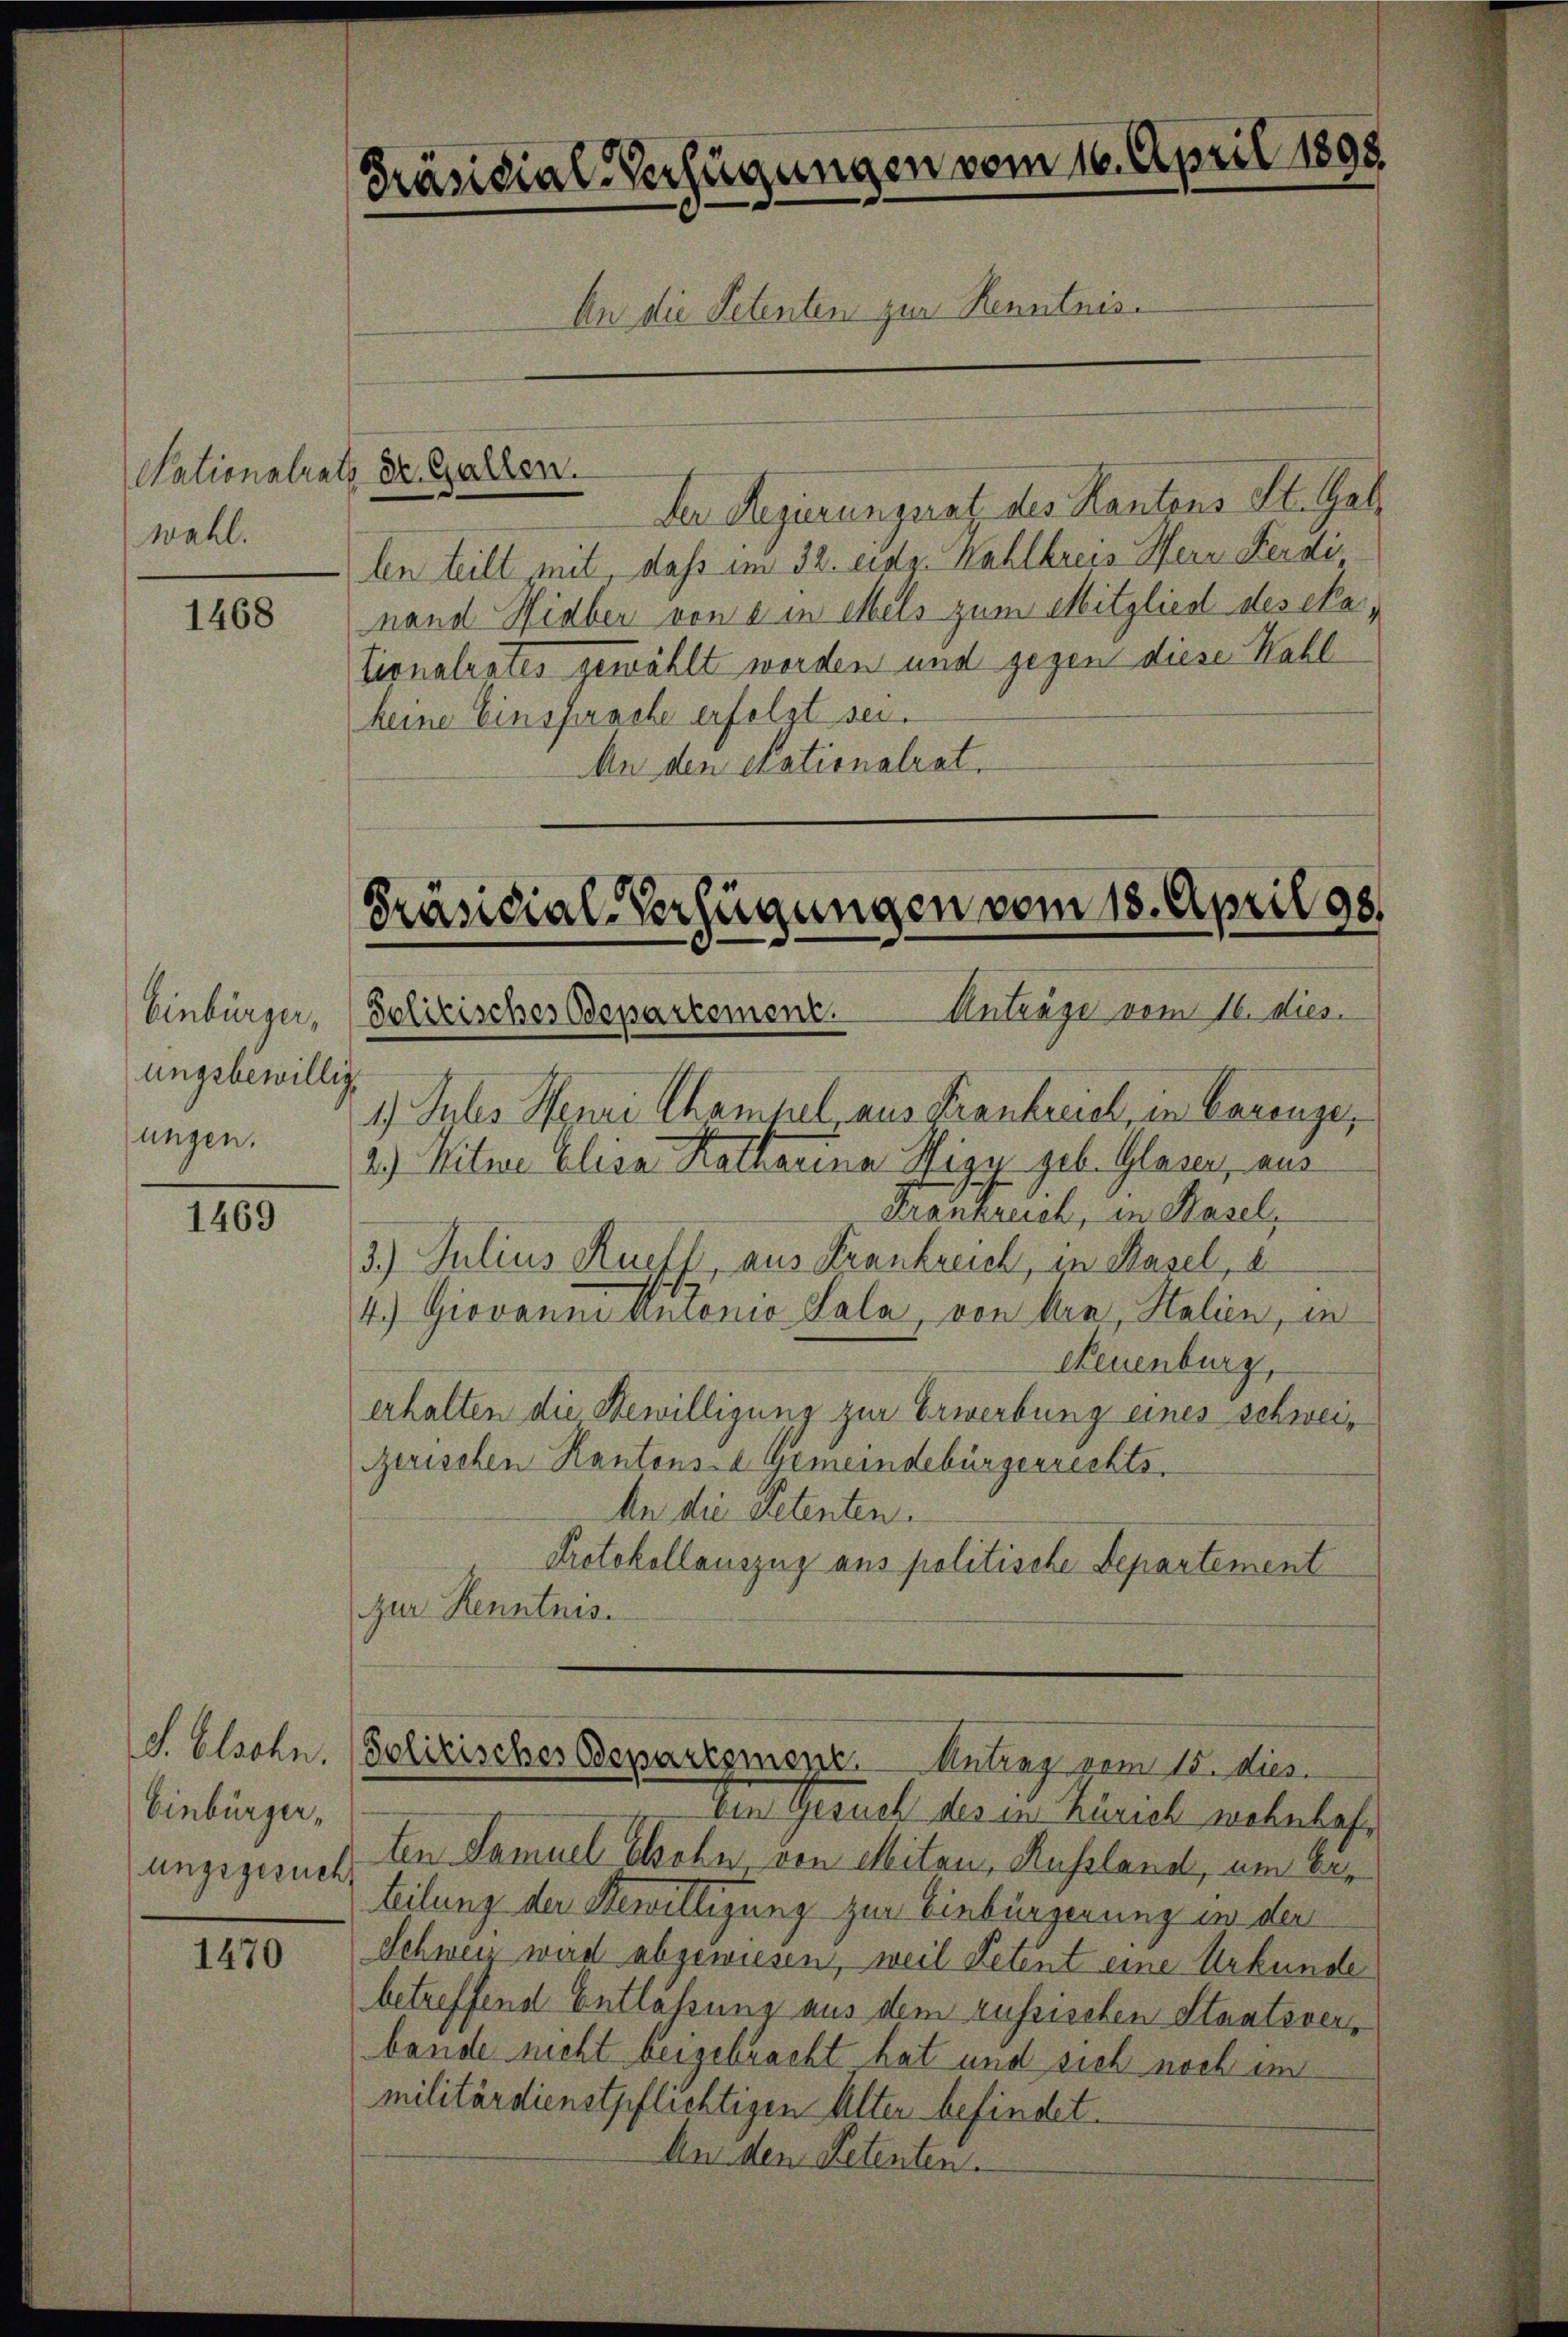
wahl.

1468

Einbürger,
ungsbewillig
ungen.

1469

S. Alsohn.
Einbürgerungsgesuch

1470

Präsidial-Verfügungen vom 10. April 1898
An die Petenten zur Kenntnis¬

Nationalratz der Gallen.
Der Regierungsrat des Kantons St. Gal
len teilt mit, daß im 32. eidg. Wahlkreis Herr Ferdinand Hidber von ein Mels zum Mitglied des eka
tionalrates gewählt worden und gegen diese Wahl
keine Einsprache erfolgt sei.
An den Stationalrat.

Präsidial-Verfügungen vom 18. April 981
Solitisches Departement. Anträge vom 16. dies

1. Jules Henri Champel, aus Frankreich, in Canenze,
2.) Witwe Elisa Katharina Wigy geb. Glaser, aus
Frankreich, in Hasel,
3.) Julius Kupff, aus Frankreich, in Basel, e
4.) Giovanne Autonio Sala, von her, Stalien, in
Neuenburg,
erhalten die Bewilligung zur Erwerbung eines schweizerischen Kantons- Gemeindebürgerrechts¬
An die Petenten.
Protokollauszug aus politische Departement
zur Kenntnis.

Polizisches Departement. Antrag vom 15. dies

ten Gesuch des in Zürich nehmlas
ten Samuel Sohn von Mitan, Russland, um Erteilung der Bewilligung zur Einbürgerung in der
Schweiz wird abgewiesen, weil Petent eine Urkunde
betreffend Entlaßung aus dem russischen Staatsverbande nicht beigebracht hat und sich noch im
militärdienstpflichtigen Alter befindet.
An den Petenten.